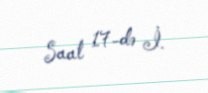
Saat 17-də İ.